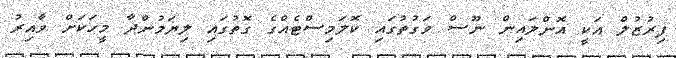
ފިރުޒުލް އަކީ އޮންލައިން ނޫސް ވަގުތުގައި ކޮލަމިސްޓެއްގެ ގޮތުގައި ލިޔަމުންދާ މީހަކަށް ވާއިރު